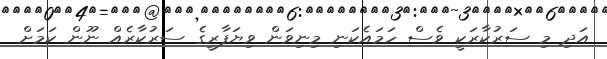
އަދި މި ސަރުކާރަކީ ވެސް ހަމައެކަނި މިނިވަން ވިޔަފާރީގެ ސަރުކާރެއް ނޫން ކަމަށް